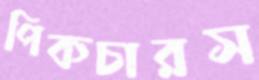
পিকচারস